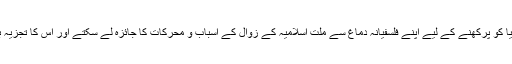
وہ فکر و نظر کی دنیا کو پرکھنے کے لیے اپنے فلسفیانہ دماغ سے ملت اسلامیہ کے زوال کے اسباب و محرکات کا جائزہ لے سکتے اور اس کا تجزیہ بھی کر سکتے تھے۔